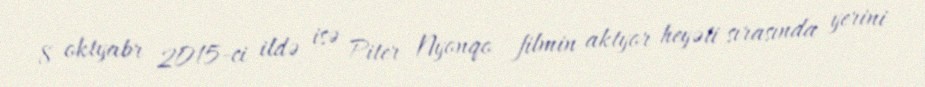
8 oktyabr 2015-ci ildə isə Piter Nyonqo filmin aktyor heyəti sırasında yerini